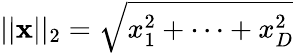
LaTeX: ||\mathbf{x}||_{2}=\sqrt{x_{1}^{2}+\cdots+x_{D}^{2}}